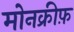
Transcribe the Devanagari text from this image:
मोनक्रीफ़